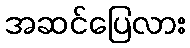
အဆင်ပြေလား